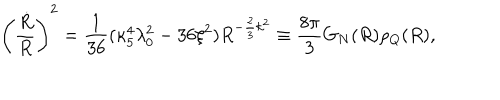
\left( { \frac { \dot { R } } { R } } \right) ^ { 2 } = { \frac { 1 } { 3 6 } } ( \kappa _ { 5 } ^ { 4 } \lambda _ { 0 } ^ { 2 } - 3 6 \xi ^ { 2 } ) R ^ { - { \frac { 2 } { 3 } } k ^ { 2 } } \equiv { \frac { 8 \pi } { 3 } } G _ { N } ( R ) \rho _ { Q } ( R ) ,